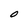
Character: O